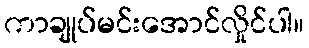
ကာချုပ်မင်းအောင်လှိုင်ပါ။